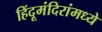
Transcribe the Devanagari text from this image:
हिंदूमंदिरांमध्ये